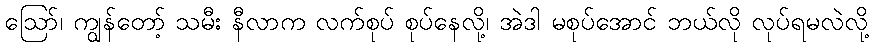
ဩော်၊ ကျွန်တော့် သမီး နီလာက လက်စုပ် စုပ်နေလို့၊ အဲဒါ မစုပ်အောင် ဘယ်လို လုပ်ရမလဲလို့